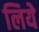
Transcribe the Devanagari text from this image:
लियेे